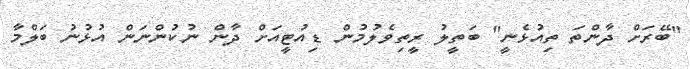
"ބޭރަށް ދާންތަ ތިއުޅެނީ" ބަތީލު ރީތިވެލުމުން ޑިއުޓީއަށް ދާން ނުކުންނަން އުޅުނު ބަލްމާ